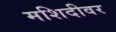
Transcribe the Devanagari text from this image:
मशिदीवर